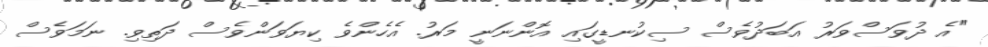
"އެ ދުވަސްވަރު އަބަދުވެސް ސިކުނޑީގައި އޮންނަނީ މަރު. އެހެންވެ ކިޔަވަންވެސް ދަތިވި. ނަމަވެސް